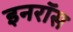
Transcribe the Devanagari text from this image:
इनरॉस